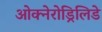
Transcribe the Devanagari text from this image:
ओक्नेरोड्रिलिडे